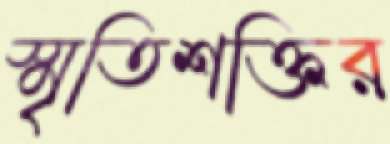
স্মৃতিশক্তির